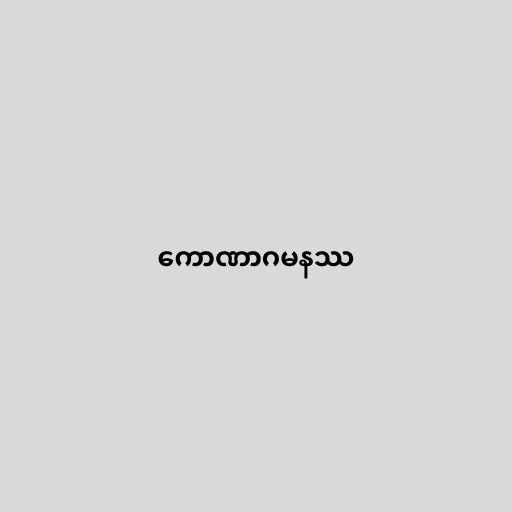
ကောဏာဂမနဿ